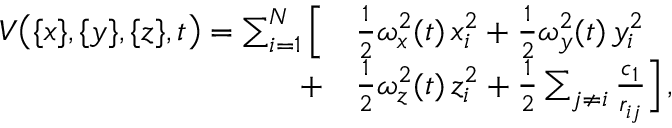
\begin{array} { r l } { V \big ( \{ x \} , \{ y \} , \{ z \} , t \big ) = \sum _ { i = 1 } ^ { N } \Big [ } & { { } { \textstyle \frac { 1 } { 2 } } \omega _ { x } ^ { 2 } ( t ) \, x _ { i } ^ { 2 } + { \textstyle \frac { 1 } { 2 } } \omega _ { y } ^ { 2 } ( t ) \, y _ { i } ^ { 2 } } \\ { + } & { { } { \textstyle \frac { 1 } { 2 } } \omega _ { z } ^ { 2 } ( t ) \, z _ { i } ^ { 2 } + { \textstyle \frac { 1 } { 2 } } \sum _ { j \ne i } \frac { c _ { 1 } } { r _ { i j } } \Big ] \, , } \end{array}